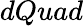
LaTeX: dQuad